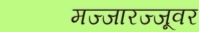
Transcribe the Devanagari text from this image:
मज्जारज्जूवर